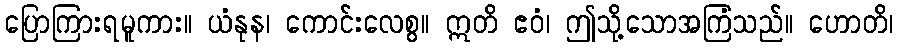
ပြောကြားရမူကား။ ယံနုန၊ ကောင်းလေစွ။ ဣတိ ဧဝံ၊ ဤသို့သောအကြံသည်။ ဟောတိ၊